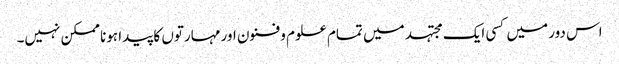
اس دور میں کسی ایک مجتہد میں تمام علوم و فنون اور مہارتوں کا پیدا ہونا ممکن نہیں۔